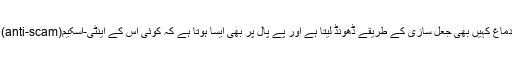
یہ بہت قابل بھروسہ سروس ہے لیکن شاطر دماغ کہیں بھی جعل سازی کے طریقے ڈھونڈ لیتا ہے اور پے پال پر بھی ایسا ہوتا ہے کہ کوئی اس کے اینٹی-اسکیم(anti-scam) سسٹم کو دھوکا دے کر اپنا کام نکلوا لیتا ہے۔